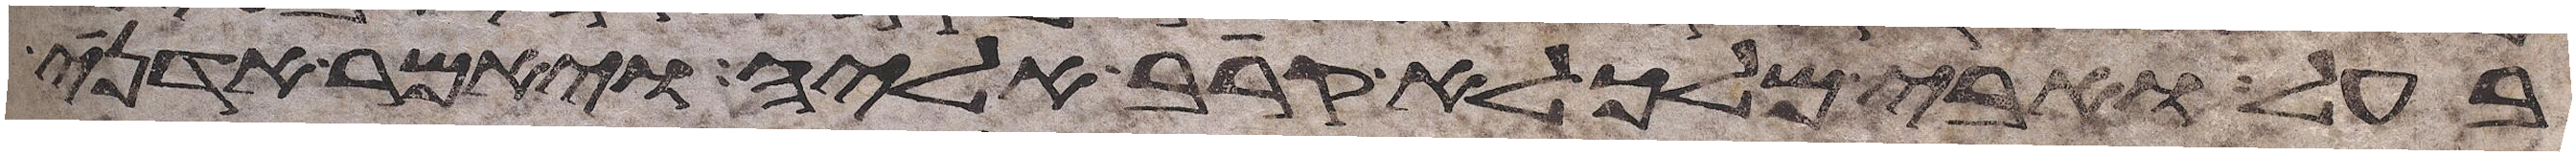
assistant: בעל ואבימלך לא קרב אליה ויאמר אדני